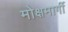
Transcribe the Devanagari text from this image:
मोक्षमार्गी